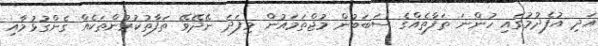
އަދި އުފެދުމުގައި ހުންނަ ތަފާތެއްގެ ސަބަބުން މުޖްތަމައުން މިފަދަ ނޭދޭވޭ ތަފާތުކުރުންތަކެއް ގެންގުޅުމާއި